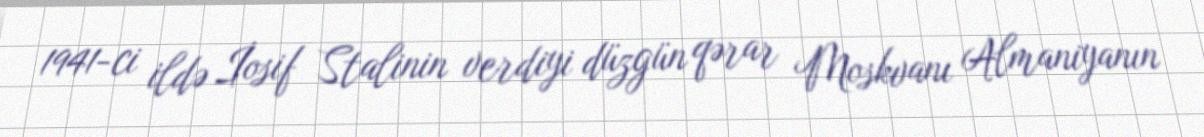
1941-ci ildə İosif Stalinin verdiyi düzgün qərar Moskvanı Almaniyanın